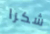
شكرا